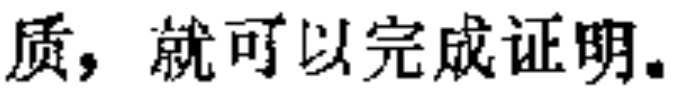
质，就可以完成证明.